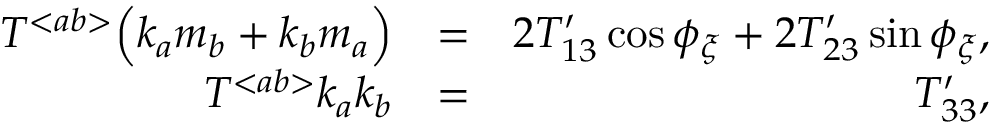
\begin{array} { r l r } { { \cal T } ^ { < a b > } \Big ( k _ { a } m _ { b } + k _ { b } m _ { a } \Big ) } & { = } & { 2 { \cal T } _ { 1 3 } ^ { \prime } \cos \phi _ { \xi } + 2 { \cal T } _ { 2 3 } ^ { \prime } \sin \phi _ { \xi } , } \\ { { \cal T } ^ { < a b > } k _ { a } k _ { b } } & { = } & { { \cal T } _ { 3 3 } ^ { \prime } , } \end{array}